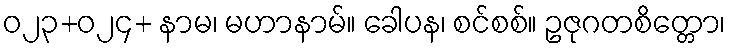
ဝ၂၃+၀၂၄+ နာမ၊ မဟာနာမ်။ ခေါပန၊ စင်စစ်။ ဥဇုဂတစိတ္တော၊